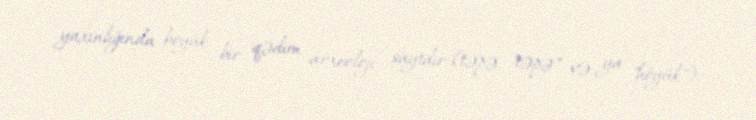
yaxınlığında böyük bir qədim arxeoloji saytdır (təpə, "təpə" və ya "höyük").